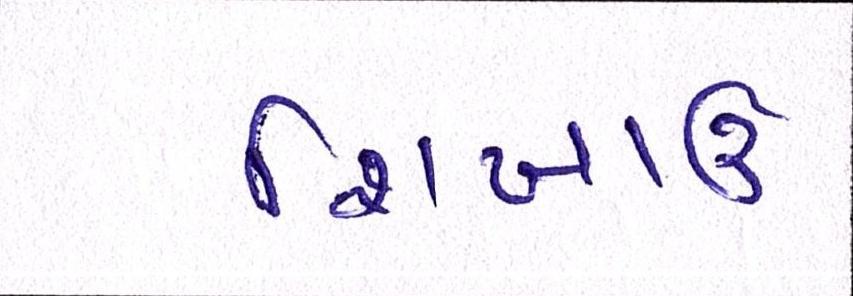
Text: શિખાઉ